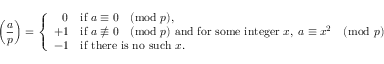
\left( { \frac { a } { p } } \right) = { \left\{ \begin{array} { l l } { \; \; \, 0 } & { { \mathrm { i f ~ } } a \equiv 0 { \pmod { p } } , } \\ { + 1 } & { { \mathrm { i f ~ } } a \not \equiv 0 { \pmod { p } } { \mathrm { ~ a n d ~ f o r ~ s o m e ~ i n t e g e r ~ } } x , \; a \equiv x ^ { 2 } { \pmod { p } } } \\ { - 1 } & { { \mathrm { i f ~ t h e r e ~ i s ~ n o ~ s u c h ~ } } x . } \end{array} \right. }